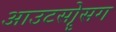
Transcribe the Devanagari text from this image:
आउटसोॄसग